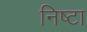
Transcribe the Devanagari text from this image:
निष्टा